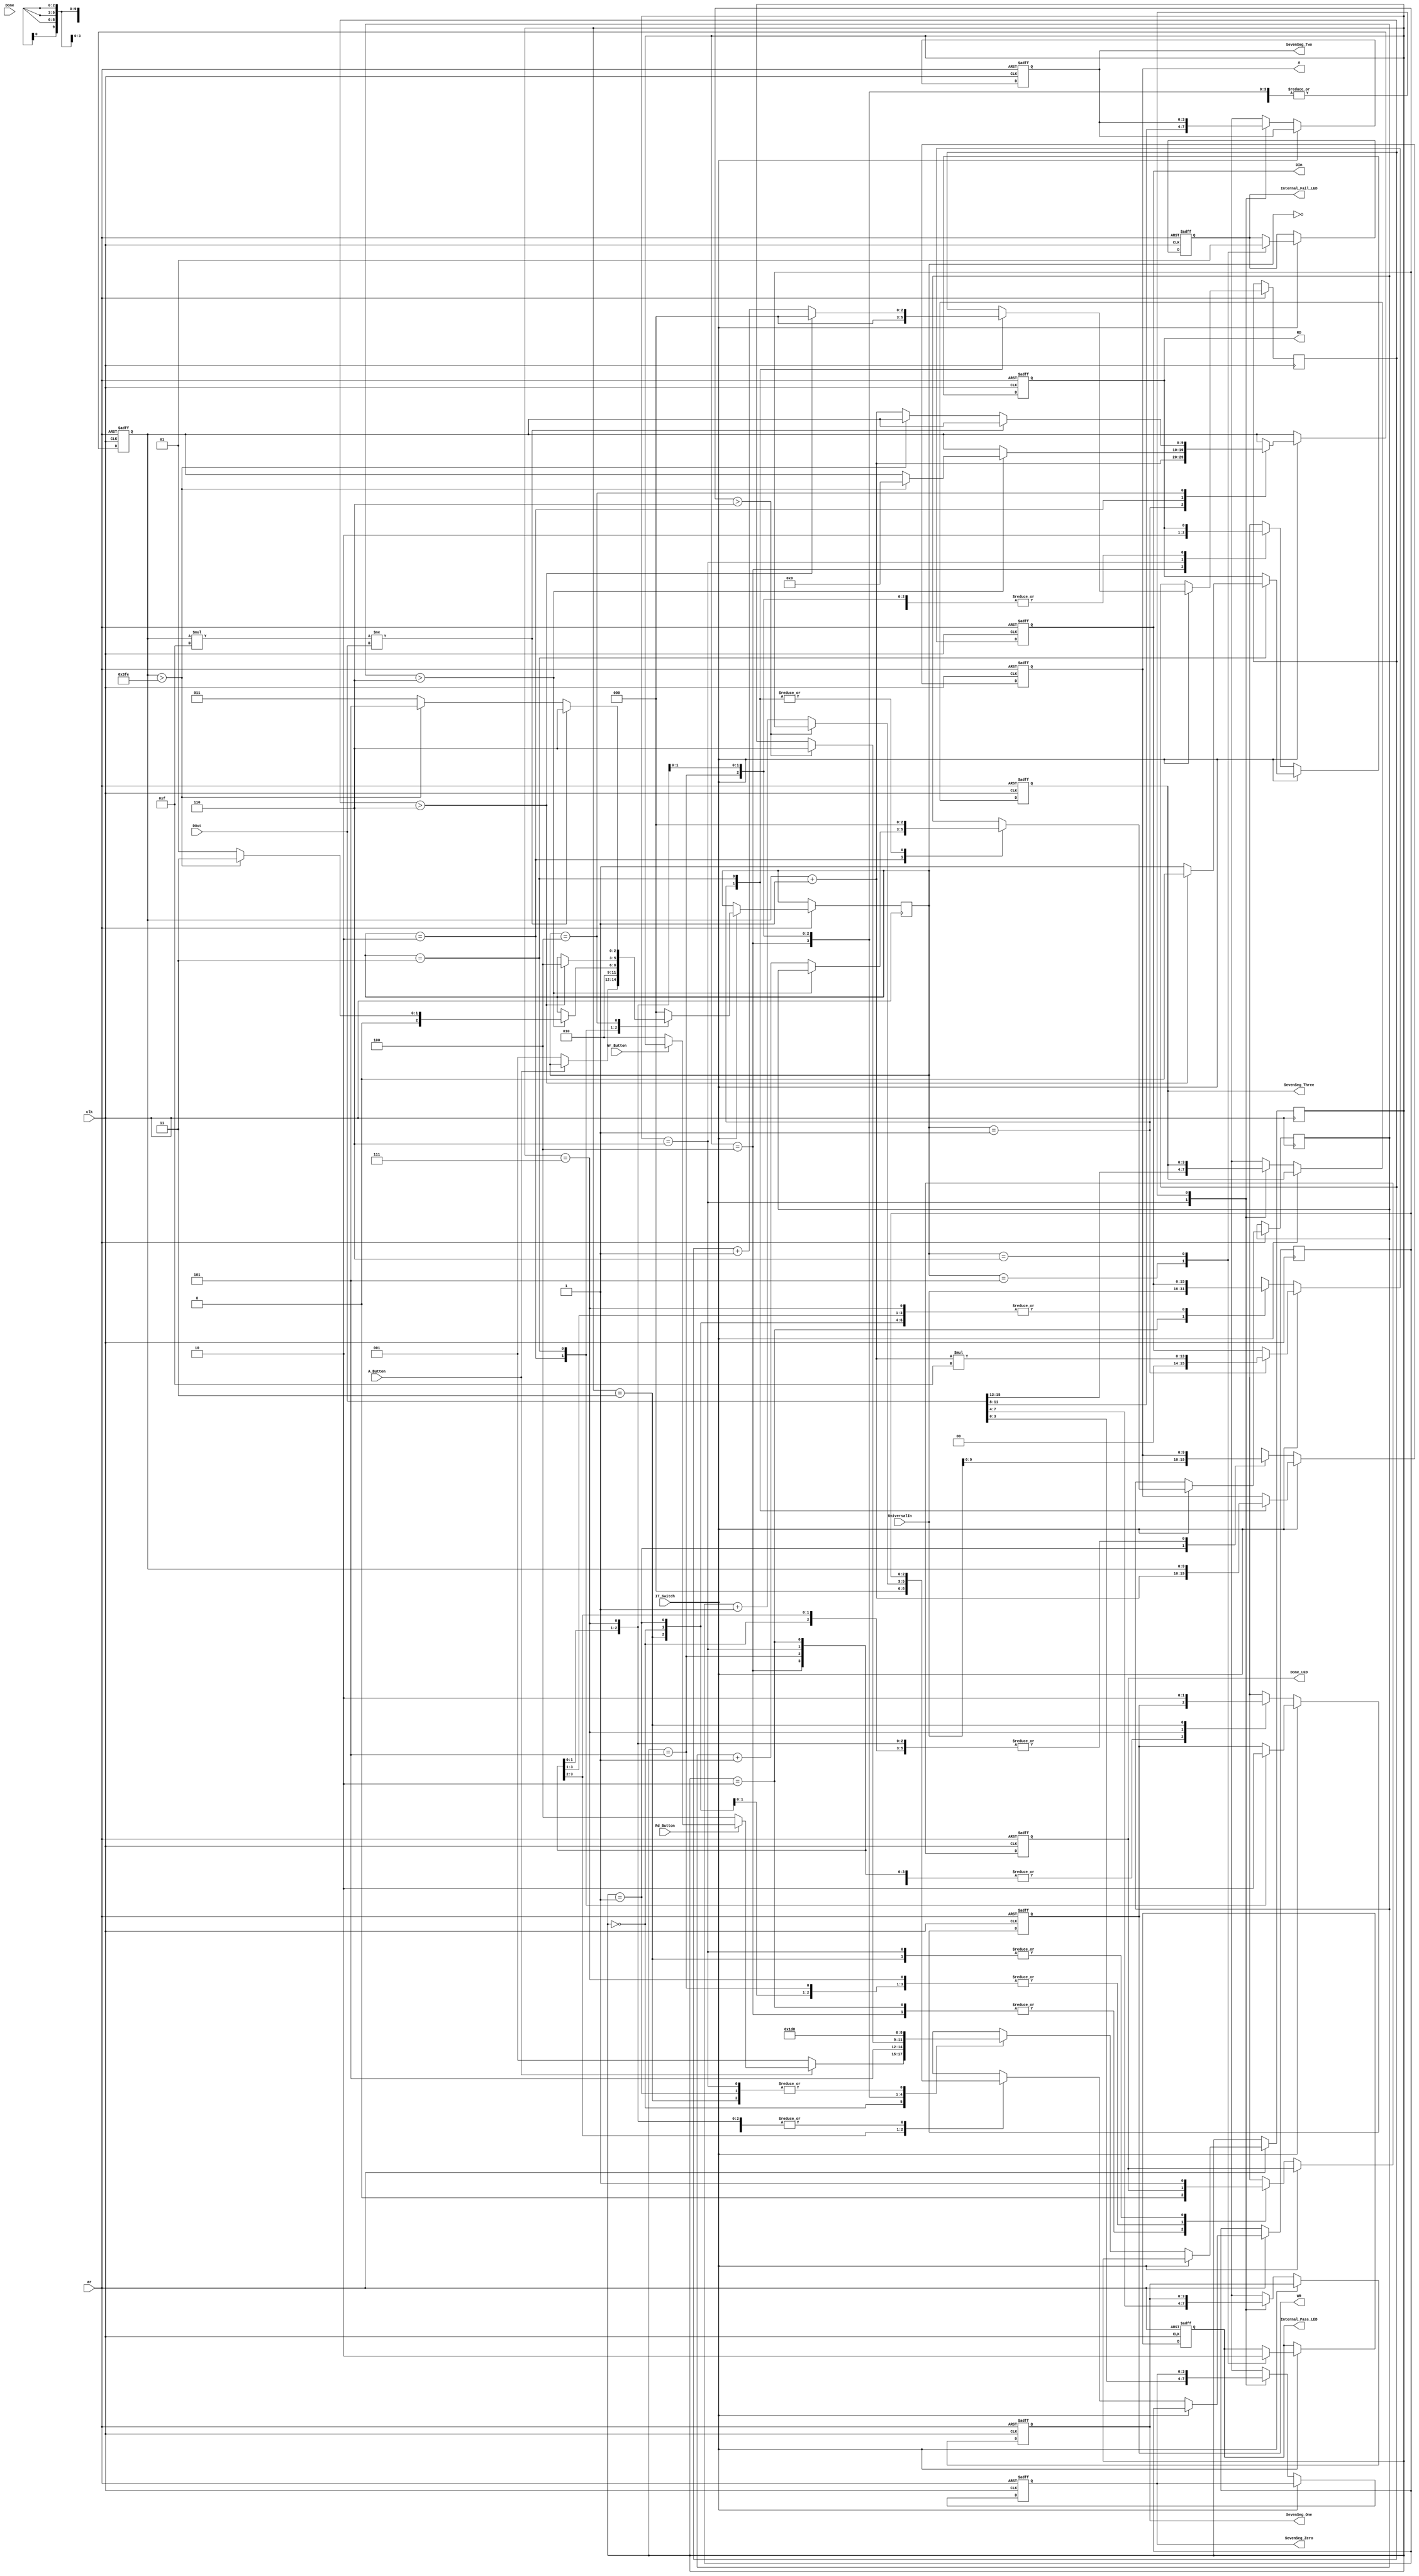
module MemRWTest(clk, ar, UniversalIn, DOut, Done, A_Button, Rd_Button, Wr_Button, IT_Switch,
	A, DIn, RD, WR, Done_LED, Internal_Pass_LED, Internal_Fail_LED, SevenSeg_Zero, SevenSeg_One, SevenSeg_Two, SevenSeg_Three);

input clk, ar, Done, A_Button, Rd_Button, Wr_Button, IT_Switch;
input [15:0] UniversalIn, DOut;

output reg [3:0] SevenSeg_Zero, SevenSeg_One, SevenSeg_Two, SevenSeg_Three;
output reg [9:0] A;
output reg [15:0] DIn;
output reg RD, WR, Done_LED, Internal_Pass_LED, Internal_Fail_LED;

parameter [2:0]   Idle = 3'b0, Address = 3'b001, Wr1 = 3'b010, Wr2 = 3'b111, Wr3 = 3'b011, Rd1 = 3'b100, Rd2 = 3'b101, Rd3 = 3'b110;
parameter [2:0]   Idle2 = 3'b0, AddrImp = 3'b001, Write = 3'b010, Read = 3'b011, Check = 3'b100, Success = 3'b101, Fail = 3'b110;
	reg [2:0] User_State;
	reg [2:0] IT_State;
	reg [2:0] delay, delay2, delay3;
	reg [9:0] testAddr;
	reg [15:0] testData;

always @(negedge ar or posedge clk)
	if(~ar) 
	 begin
		A = 10'b0;
		DIn = 16'b0;
		RD = 1'b0;
		WR = 1'b0;
		testAddr = 10'b0;
		testData = 16'b0;
		Done_LED = 1'b0;
		Internal_Pass_LED = 1'b0;
		Internal_Fail_LED = 1'b0;
		SevenSeg_Zero = 4'b0;
		SevenSeg_One = 4'b0;
		SevenSeg_Two = 4'b0;
		SevenSeg_Three = 4'b0;
	 end 
	else
	 begin
			if(IT_Switch)
			 begin
				case(IT_State)
					Idle2:
					 begin
						if(~A_Button)
							IT_State = AddrImp;
					 end
					 
					AddrImp:
					 begin
						testAddr = testAddr + 1;
						testData = testAddr * 15;
						delay2 = 3'b0;
						delay3 = 3'b0;
						A = testAddr;
						DIn = testData;
						IT_State = Write;
					 end
					 
					Write:
					 begin
						WR = 1'b1;
						if(delay2 > 3'b110)
						begin
							if(testAddr > 1022)
							begin
								testAddr = 0;
								testData = 0;
								
								IT_State = Read;
							end
							else
								IT_State = AddrImp;
						end
						else
							delay2 = delay2 + 1;
					 end
					
					Read:
					 begin
						WR = 1'b0;
						delay2 = 3'b0;
						A = testAddr;
						RD = 1'b1;
						if(delay3 > 3'b110)
						begin
							RD = 1'b0;
							delay3 = 3'b0;
							IT_State = Check;
						end
						else
							delay3 = delay3 + 1;
					 
					 end
					 
					Check:
					 begin
					 
						testData = testAddr * 15;
						if(testData != DOut)
							IT_State = Fail;
						else
						begin
							if(testAddr > 1022)
								IT_State = Success;
							else
							begin
								testAddr = testAddr + 1;
								IT_State = Read;
							end
						end
						
					 end
					 
					Success:
					 begin
						Internal_Pass_LED = 1'b1;
						Internal_Fail_LED = 1'b0;
						IT_State = Idle2;
					 end
					 
					Fail:
					 begin
						Internal_Pass_LED = 1'b0;
						Internal_Fail_LED = 1'b1;
						IT_State = Idle2;
					 end
					
					default:
					 begin
						IT_State = Idle2;
					 end
					endcase
			 end
			else
			 begin
				case(User_State)
					Idle:
					begin
						if(~A_Button)
							User_State = Address;
						else if(~Rd_Button)
							User_State = Rd1;
						else if(~Wr_Button)
							User_State = Wr1;
					end
					
					Address:
					begin
						A = UniversalIn[9:0];
						User_State = Idle;
					end
					
					Rd1:
					begin
						Done_LED = 1'b0;
						delay = 3'b0;
						RD = 1'b1;
						User_State = Rd2;
					end
					
					Rd2:
					begin
						if(delay > 3'b110)
							User_State = Rd3;
						else
							delay = delay + 1;
					end
					
					Rd3:
					begin
						RD = 1'b0;
						SevenSeg_Zero = DOut[3:0];
						SevenSeg_One = DOut[7:4];
						SevenSeg_Two = DOut[11:8];
						SevenSeg_Three = DOut[15:12];
						Done_LED = 1'b1;
						User_State = Idle;
					end

					Wr1:
					begin
						Done_LED = 1'b0;
						DIn = UniversalIn[15:0];
						User_State = Wr2;
					end

					Wr2:
					begin
						WR = 1'b1;
						User_State = Wr3;
					end

					Wr3:
					begin
						WR = 1'b0;
						Done_LED = 1'b1;
						User_State = Idle;
					end
					
					default:
					begin
						User_State = Idle;
					end
				endcase
			 end
	 
	 end



endmodule